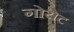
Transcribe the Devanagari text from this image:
गोयेट